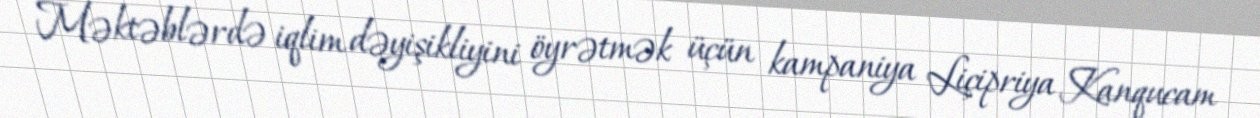
Məktəblərdə iqlim dəyişikliyini öyrətmək üçün kampaniya Liçipriya Kanqucam